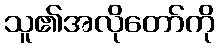
သူ၏အလိုတော်ကို